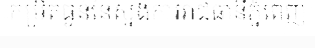
កម្រិតធ្ងន់នៃស្នងការរាជធានីភ្នំពេញ